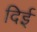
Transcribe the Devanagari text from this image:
दिई